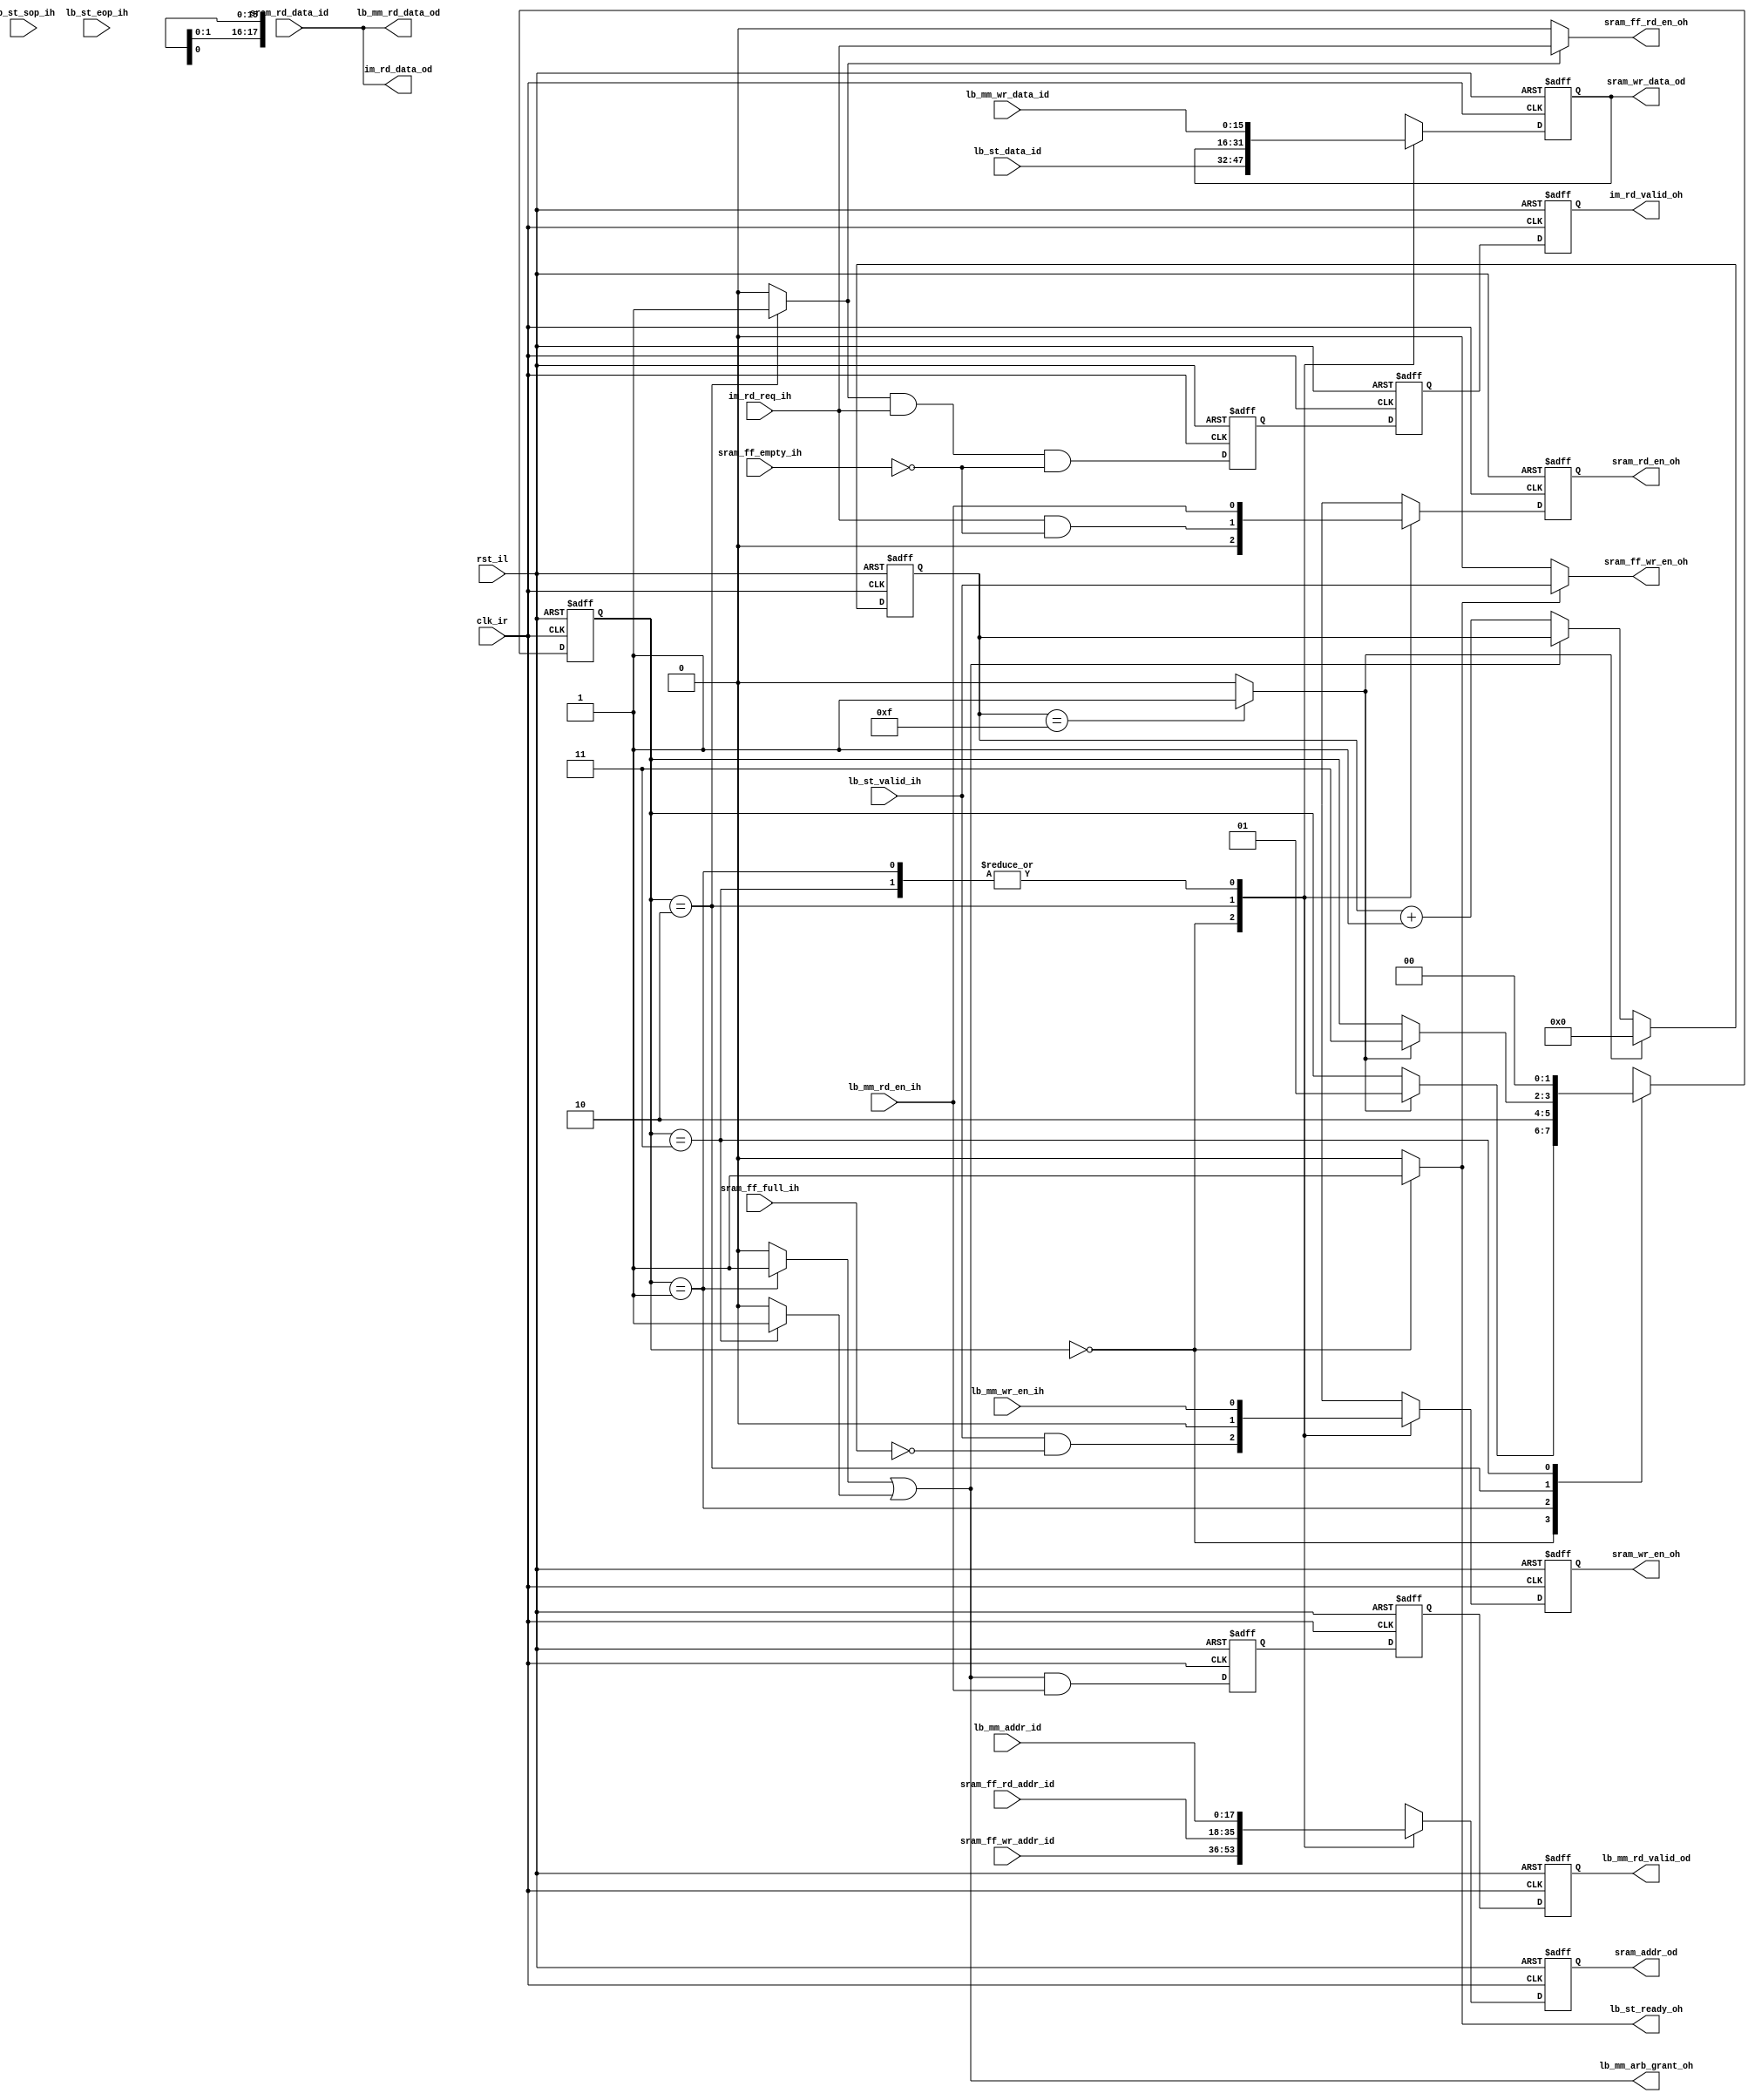
/*
 --------------------------------------------------------------------------
   Synesthesia - Copyright (C) 2012 Gregory Matthew James.

   This file is part of Synesthesia.

   Synesthesia is free; you can redistribute it and/or modify
   it under the terms of the GNU General Public License as published by
   the Free Software Foundation; either version 3 of the License, or
   (at your option) any later version.

   Synesthesia is distributed in the hope that it will be useful,
   but WITHOUT ANY WARRANTY; without even the implied warranty of
   MERCHANTABILITY or FITNESS FOR A PARTICULAR PURPOSE. See the
   GNU General Public License for more details.

   You should have received a copy of the GNU General Public License
   along with this program. If not, see <http://www.gnu.org/licenses/>.
 --------------------------------------------------------------------------
*/

/*
 --------------------------------------------------------------------------
 -- Project Code      : synesthesia
 -- Module Name       : sram_arb
 -- Author            : mammenx
 -- Associated modules: 
 -- Function          : This block arbitrates SRAM access between local bus
                        & internal modules.
 --------------------------------------------------------------------------
*/

/*
 --------------------------------------------------------------------------

 -- $Header$
 

 -- $Log$

 --------------------------------------------------------------------------
*/

`timescale 1ns / 10ps


module sram_arb
  (
    clk_ir,                   //Clock input
    rst_il,                   //Active low reset

    //Local Bus interface 0 [Avalon Streaming I/F]
    lb_st_data_id,            //Data
    lb_st_ready_oh,           //1->SRAM ready for data, 0->SRAM full
    lb_st_valid_ih,           //1->Transaction valid
    lb_st_sop_ih,             //1->Start of packet
    lb_st_eop_ih,             //1->End of packet

    //Local Bus interface 1 [Avalon MM]
    lb_mm_rd_en_ih,           //1->Read enable
    lb_mm_wr_en_ih,           //1->Write enable
    lb_mm_addr_id,            //Address input
    lb_mm_wr_data_id,         //Write Data input
    lb_mm_rd_valid_od,        //1->lb_rd_data_od is valid
    lb_mm_rd_data_od,         //Read Data output
    lb_mm_arb_grant_oh,       //1->Access granted to MM

    //Internal Module interface
    im_rd_req_ih,             //1->Read request
    im_rd_valid_oh,           //1->Read data is valid
    im_rd_data_od,            //Read Data

    //SRAM FIFO Controller interface
    sram_ff_rd_en_oh,         //Read enable to SRAM FIFO
    sram_ff_wr_en_oh,         //Write enable to SRAM FIFO
    sram_ff_rd_addr_id,       //SRAM FIFO Read address
    sram_ff_wr_addr_id,       //SRAM FIFO Write address
    sram_ff_full_ih,          //1->SRAM is full
    sram_ff_empty_ih,         //1->SRAM is empty;

    //SRAM Driver interface
    sram_wr_en_oh,            //1->Write Enable to SRAM
    sram_rd_en_oh,            //1->Write Enable to SRAM
    sram_addr_od,             //SRAM Address
    sram_rd_data_id,          //SRAM Read data
    sram_wr_data_od           //SRAM Write data

  );

//----------------------- Global parameters Declarations ------------------
  parameter P_64B_W           = 64;
  parameter P_32B_W           = 32;
  parameter P_16B_W           = 16;
  parameter P_8B_W            = 8;

  parameter P_ARB_LEN         = 16; //No of clocks to give for grants
  localparam  P_ARB_CNTR_W    = $clog2(P_ARB_LEN);

  parameter P_SRAM_ADDR_W     = 18;

  parameter P_AV_ST_SEL       = 2'd0;
  parameter P_AV_MM_SEL_1     = 2'd1;
  parameter P_IM_SEL          = 2'd2;
  parameter P_AV_MM_SEL_2     = 2'd3;

//----------------------- Input Declarations ------------------------------
  input                       clk_ir;
  input                       rst_il;

  input   [15:0]              lb_st_data_id;
  input                       lb_st_valid_ih;
  input                       lb_st_sop_ih;
  input                       lb_st_eop_ih;

  input                       lb_mm_rd_en_ih;
  input                       lb_mm_wr_en_ih;
  input   [17:0]              lb_mm_addr_id;
  input   [15:0]              lb_mm_wr_data_id;

  input                       im_rd_req_ih;

  input   [17:0]              sram_ff_rd_addr_id;
  input   [17:0]              sram_ff_wr_addr_id;
  input                       sram_ff_full_ih;
  input                       sram_ff_empty_ih;

  input   [15:0]              sram_rd_data_id;

//----------------------- Output Declarations -----------------------------
  output                      lb_st_ready_oh;

  output                      im_rd_valid_oh;
  output  [15:0]              im_rd_data_od;

  output                      lb_mm_rd_valid_od;
  output  [15:0]              lb_mm_rd_data_od;
  output                      lb_mm_arb_grant_oh;

  output                      sram_ff_rd_en_oh;
  output                      sram_ff_wr_en_oh;

  output                      sram_wr_en_oh;
  output                      sram_rd_en_oh;
  output  [17:0]              sram_addr_od;
  output  [15:0]              sram_wr_data_od;

//----------------------- Output Register Declaration ---------------------
  reg                         im_rd_valid_oh;

  reg                         lb_mm_rd_valid_od;

  reg                         sram_wr_en_oh;
  reg                         sram_rd_en_oh;
  reg     [17:0]              sram_addr_od;
  reg     [15:0]              sram_wr_data_od;

//----------------------- Internal Register Declarations ------------------
  reg     [1:0]               arb_sel_f   /*synthesis preserve syn_encoding = "user"*/;
  reg     [P_ARB_CNTR_W-1:0]  arb_cntr_f;

  reg                         arb_av_mm_rd_req_1d;
  reg                         arb_im_rd_req_1d;
  reg                         arb_av_mm_rd_req_2d;
  reg                         arb_im_rd_req_2d;

//----------------------- Internal Wire Declarations ----------------------
  wire                        arb_cntr_wrap_c;
  wire                        arb_av_st_sel_c;
  wire                        arb_av_mm_sel_1_c;
  wire                        arb_av_mm_sel_2_c;
  wire                        arb_im_sel_c;



//----------------------- Start of Code -----------------------------------

  /*
    * Arbiter Counter Logic
  */
  always@(posedge clk_ir, negedge rst_il)
  begin
    if(~rst_il)
    begin
      arb_cntr_f              <=  {P_ARB_CNTR_W{1'b0}};
    end
    else
    begin
      if(arb_cntr_wrap_c)
      begin
        arb_cntr_f            <=  {P_ARB_CNTR_W{1'b0}};
      end
      else if(~(arb_av_mm_sel_1_c | arb_av_mm_sel_2_c)) //MM user gets only one slot!
      begin
        arb_cntr_f            <=  arb_cntr_f  + 1'b1;
      end
    end
  end

  //Check if arb_cntr_f has to rollover
  assign  arb_cntr_wrap_c     = (arb_cntr_f ==  (P_ARB_LEN-1))  ? 1'b1  : 1'b0;

  //Decode Arbitration selection
  assign  arb_av_st_sel_c     = (arb_sel_f  ==  P_AV_ST_SEL)  ? 1'b1  : 1'b0;
  assign  arb_av_mm_sel_1_c   = (arb_sel_f  ==  P_AV_MM_SEL_1)? 1'b1  : 1'b0;
  assign  arb_av_mm_sel_2_c   = (arb_sel_f  ==  P_AV_MM_SEL_2)? 1'b1  : 1'b0;
  assign  arb_im_sel_c        = (arb_sel_f  ==  P_IM_SEL)     ? 1'b1  : 1'b0;

  /*
    * Arbiter select logic
    * Simple TDM
    * AV ST [P_ARB_LEN clks] ->  AV MM [1 clk] ->  IM [P_ARB_LEN clks]  ->  AV MM [1 clk]
  */
  always@(posedge clk_ir, negedge rst_il)
  begin
    if(~rst_il)
    begin
      arb_sel_f               <=  P_AV_ST_SEL;
    end
    else
    begin
      case(arb_sel_f) //synthesis full_case

        P_AV_ST_SEL :
        begin
          arb_sel_f           <=  arb_cntr_wrap_c ? P_AV_MM_SEL_1 : arb_sel_f;
        end

        P_AV_MM_SEL_1 :
        begin
          arb_sel_f           <=  P_IM_SEL;
        end

        P_IM_SEL  :
        begin
          arb_sel_f           <=  arb_cntr_wrap_c ? P_AV_MM_SEL_2 : arb_sel_f;
        end

        P_AV_MM_SEL_2 :
        begin
          arb_sel_f           <=  P_AV_ST_SEL;
        end
      endcase
    end
  end


  //Avalon ST ready assertion logic
  assign  lb_st_ready_oh      = arb_av_st_sel_c;


  //Logic for issuing reads/writes to SRAM FIFO controller
  assign  sram_ff_rd_en_oh    = arb_im_sel_c    ? im_rd_req_ih    : 1'b0;
  assign  sram_ff_wr_en_oh    = arb_av_st_sel_c ? lb_st_valid_ih  : 1'b0;

  /*
    * SRAM  Muxing logic
  */
  always@(posedge clk_ir, negedge rst_il)
  begin
    if(~rst_il)
    begin
      sram_wr_en_oh           <=  1'b0;
      sram_rd_en_oh           <=  1'b0;
      sram_addr_od            <=  18'd0;
      sram_wr_data_od         <=  16'd0;
    end
    else
    begin
      case(arb_sel_f) //synthesis full_case
        P_AV_ST_SEL :
        begin
          sram_wr_en_oh       <=  lb_st_valid_ih  & ~sram_ff_full_ih;
          sram_rd_en_oh       <=  1'b0;
          sram_addr_od        <=  sram_ff_wr_addr_id;
          sram_wr_data_od     <=  lb_st_data_id;
        end

        P_AV_MM_SEL_1 :
        begin
          sram_wr_en_oh       <=  lb_mm_wr_en_ih;
          sram_rd_en_oh       <=  lb_mm_rd_en_ih;
          sram_addr_od        <=  lb_mm_addr_id;
          sram_wr_data_od     <=  lb_mm_wr_data_id;
        end

        P_IM_SEL  :
        begin
          sram_wr_en_oh       <=  1'b0;
          sram_rd_en_oh       <=  im_rd_req_ih  & ~sram_ff_empty_ih;
          sram_addr_od        <=  sram_ff_rd_addr_id;
          sram_wr_data_od     <=  sram_wr_data_od;
        end

        P_AV_MM_SEL_2 :
        begin
          sram_wr_en_oh       <=  lb_mm_wr_en_ih;
          sram_rd_en_oh       <=  lb_mm_rd_en_ih;
          sram_addr_od        <=  lb_mm_addr_id;
          sram_wr_data_od     <=  lb_mm_wr_data_id;
        end

      endcase
    end
  end

  /*
    * Read valid logic
  */
  always@(posedge clk_ir, negedge rst_il)
  begin
    if(~rst_il)
    begin
      arb_av_mm_rd_req_1d     <=  1'b0;
      arb_im_rd_req_1d        <=  1'b0;
      arb_av_mm_rd_req_2d     <=  1'b0;
      arb_im_rd_req_2d        <=  1'b0;

      im_rd_valid_oh          <=  1'b0;
      lb_mm_rd_valid_od       <=  1'b0;
    end
    else
    begin
      arb_av_mm_rd_req_1d     <=  (arb_av_mm_sel_1_c  | arb_av_mm_sel_2_c)  & lb_mm_rd_en_ih;
      arb_im_rd_req_1d        <=  arb_im_sel_c  & im_rd_req_ih  & ~sram_ff_empty_ih;

      arb_av_mm_rd_req_2d     <=  arb_av_mm_rd_req_1d;
      arb_im_rd_req_2d        <=  arb_im_rd_req_1d;

      im_rd_valid_oh          <=  arb_im_rd_req_2d;
      lb_mm_rd_valid_od       <=  arb_av_mm_rd_req_2d;
    end
  end

  //Assign read data
  assign  im_rd_data_od       =   sram_rd_data_id;
  assign  lb_mm_rd_data_od    =   sram_rd_data_id;

  //Expose MM grant signal
  assign  lb_mm_arb_grant_oh  = arb_av_mm_sel_1_c | arb_av_mm_sel_2_c;

endmodule // sram_arb